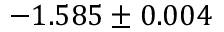
- 1 . 5 8 5 \pm 0 . 0 0 4